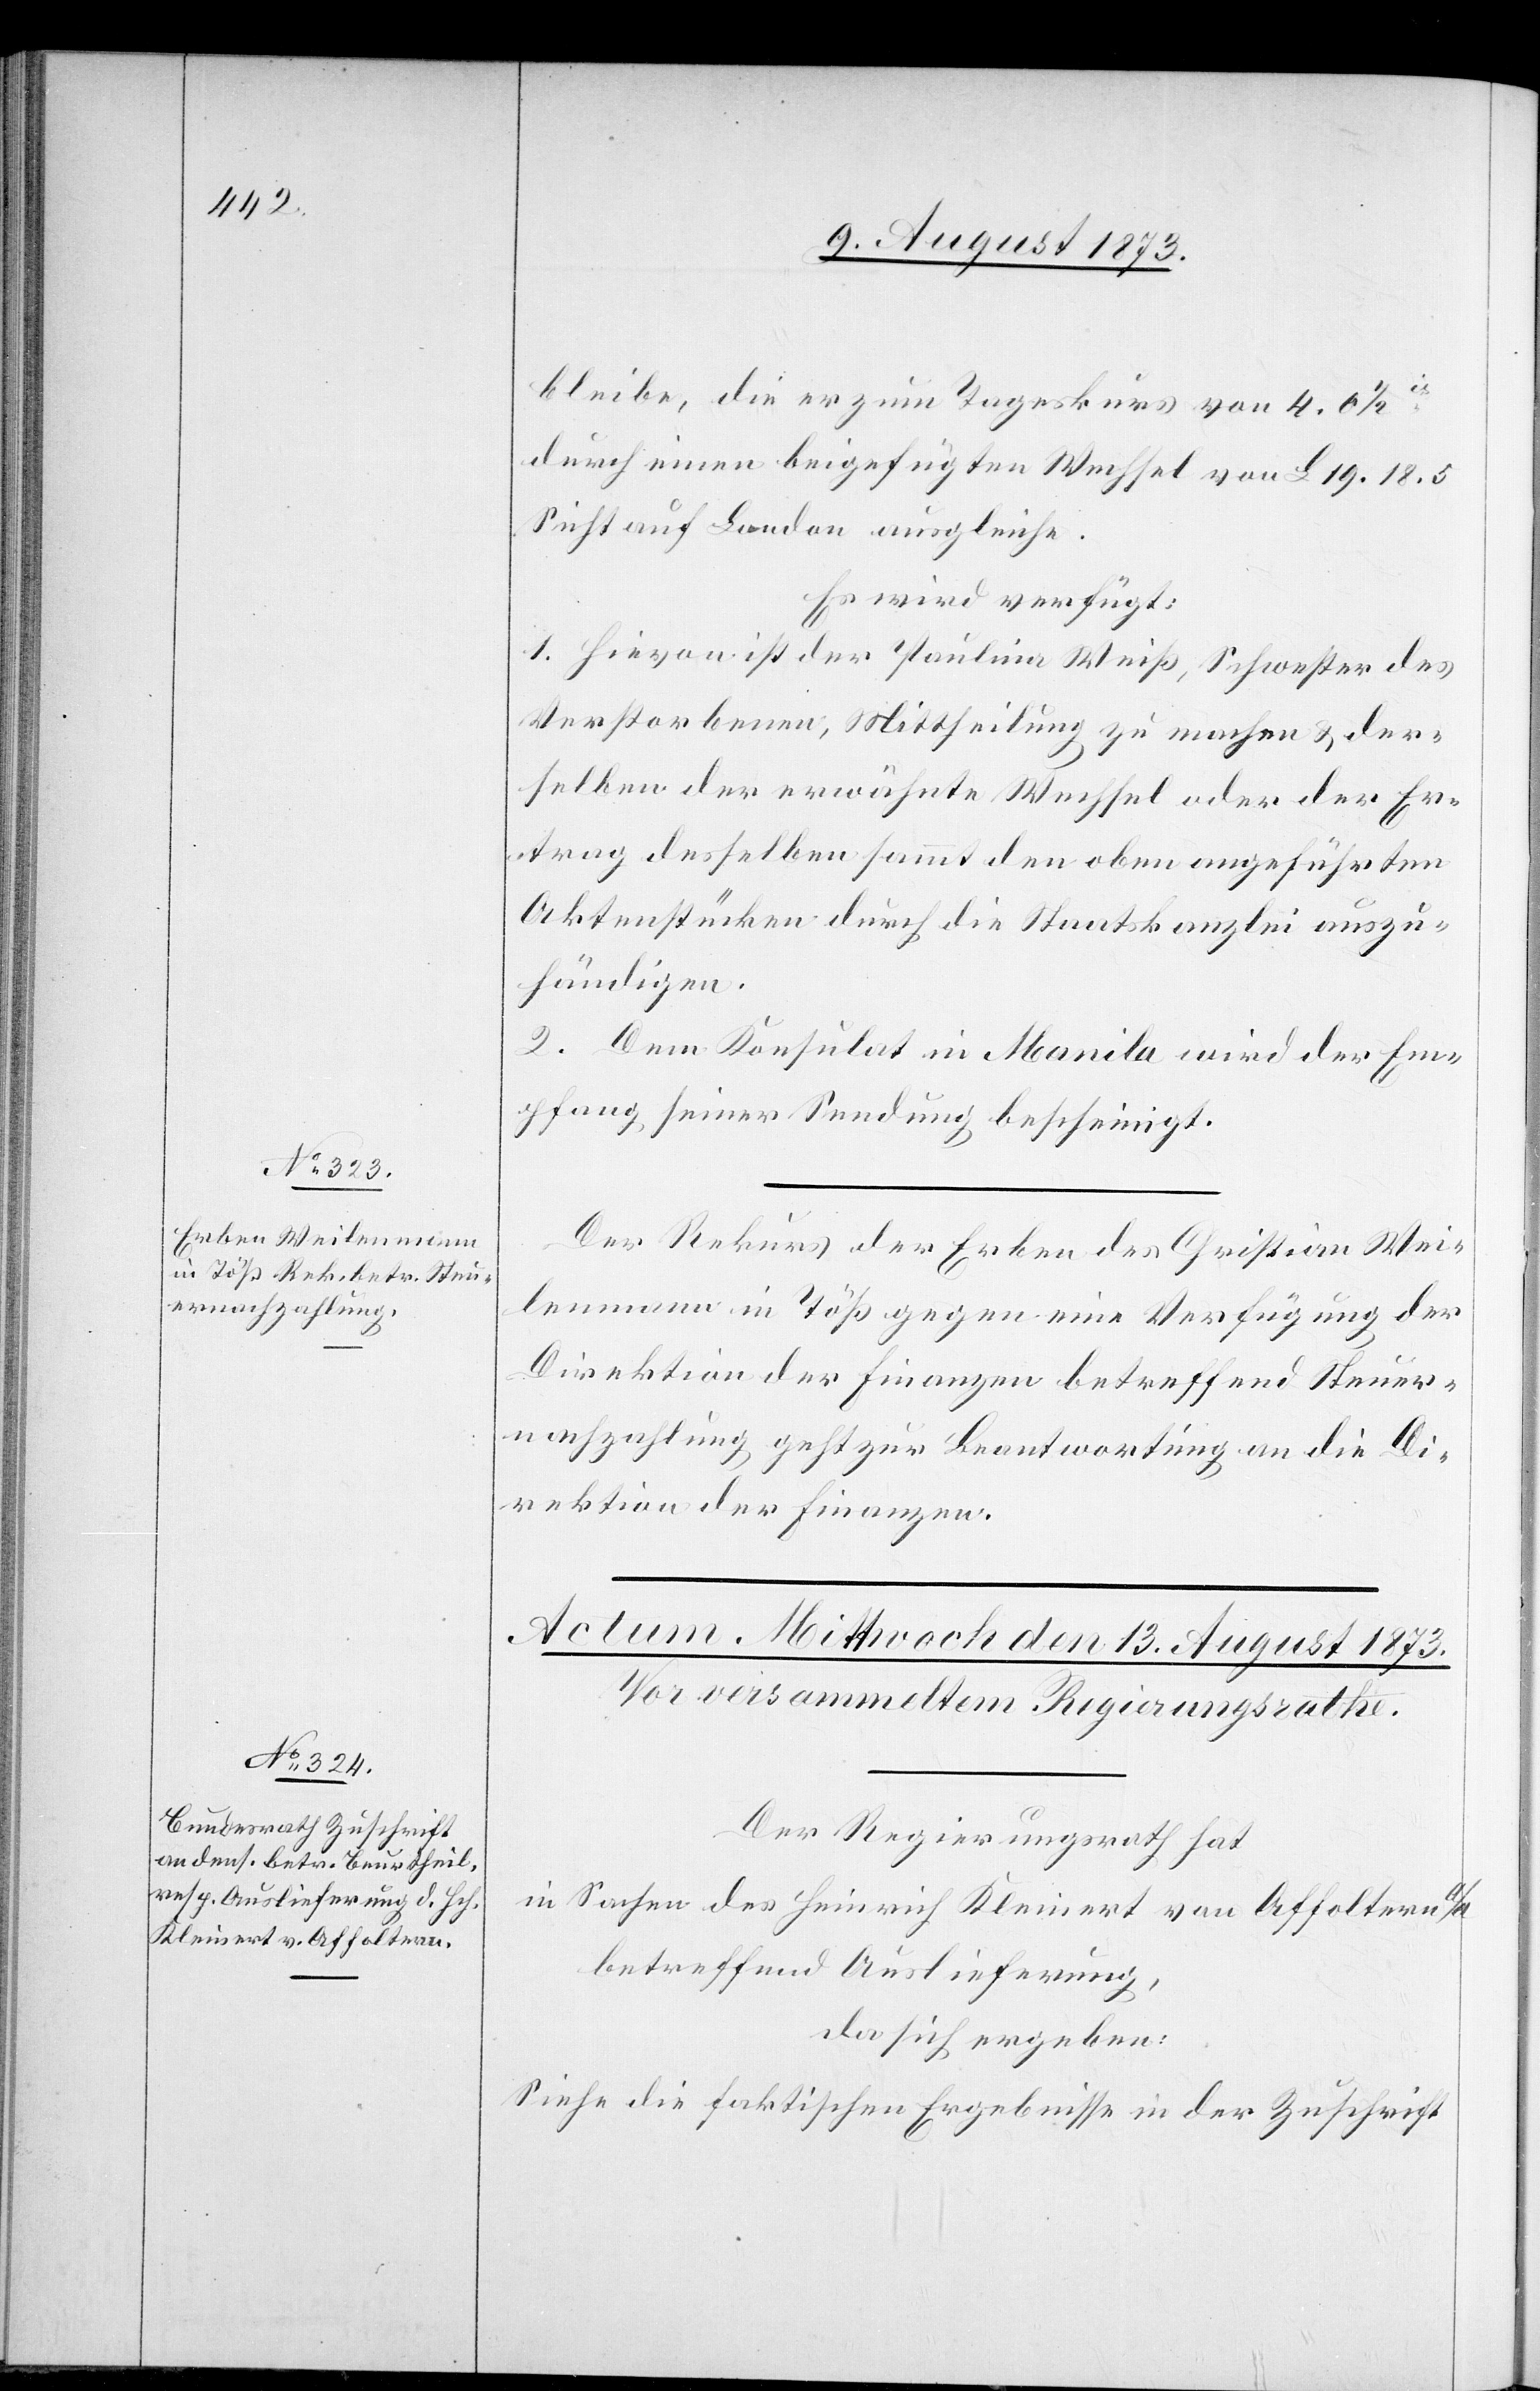
bleibe, die er zum Tageskurs von 4.0
durch eine beigefügten Wechsel von L 19.18.5
Sicht auf London ausgleiche.
Es wird verfügt:
1. Hievon ist der Paulina Weiß, Schwester des
Verstorbenen, Mittheilung zu machen & der¬
selben der erwähnte Wechsel oder der Er¬
trag desselben sammt den oben angeführten
Aktenstücken durch die Staatskanzlei auszu¬
händigen.
2. Dem Konsulat in Manila wird der Em¬
pfang seiner Sendung bescheinigt.
Der Rekurs der Erben des Christian Wei¬
lenmann in Töß gegen eine Verfügung der
Direktion der Finanzen betreffend Steuer¬
nachzahlung geht zur Beantwortung an die Di¬
rektion der Finanzen.
Der Regierungsrath hat
in Sachen des Heinrich Kleinert von Affoltern a/A
betreffend Auslieferung,
da sich ergeben:
Siehe die faktischen Ergebnisse in der Zuschrift